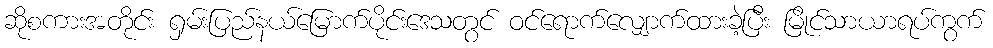
ဆိုစကားအတိုင်း ရှမ်းပြည်နယ်မြောက်ပိုင်းဒေသတွင် ဝင်ရောက်လျှောက်ထားခဲ့ပြီး မြိုင်သာယာရပ်ကွက်